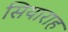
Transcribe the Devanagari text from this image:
सियाराह